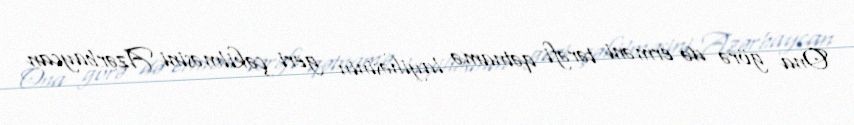
Ona görə də erməni tərəfi qətnamə layihəsinin geri çəkilməsini Azərbaycan